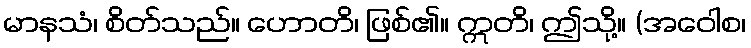
မာနသံ၊ စိတ်သည်။ ဟောတိ၊ ဖြစ်၏။ ဣတိ၊ ဤသို့။ (အဝေါစ၊